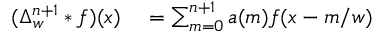
\begin{array} { r l } { ( \Delta _ { w } ^ { n + 1 } * f ) ( x ) } & { { } = \sum _ { m = 0 } ^ { n + 1 } a ( m ) f ( x - m / w ) } \end{array}